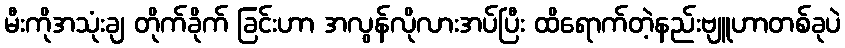
မီးကိုအသုံးချ တိုက်ခိုက် ခြင်းဟာ အလွန်လိုလားအပ်ပြီး ထိရောက်တဲ့နည်းဗျူဟာတစ်ခုပဲ